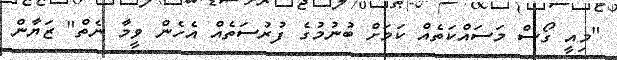
"މިއީ ގޯސް މަސައްކަތެއް ކަމަށް ބުނުމުގެ ފުރުސަތެއް އެހެން ވީމާ ނެތް" ޒަޔާން